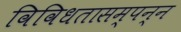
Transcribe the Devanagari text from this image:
विविधतासम्पन्न